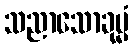
သညာသောခုမ္မံ